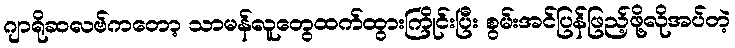
ဂျာရိုဆလဗ်ကတော့ သာမန်လူတွေထက်ထွားကြိုင်းပြီး စွမ်းအင်ပြန်ဖြည့်ဖို့လိုအပ်တဲ့